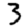
Digit: 3